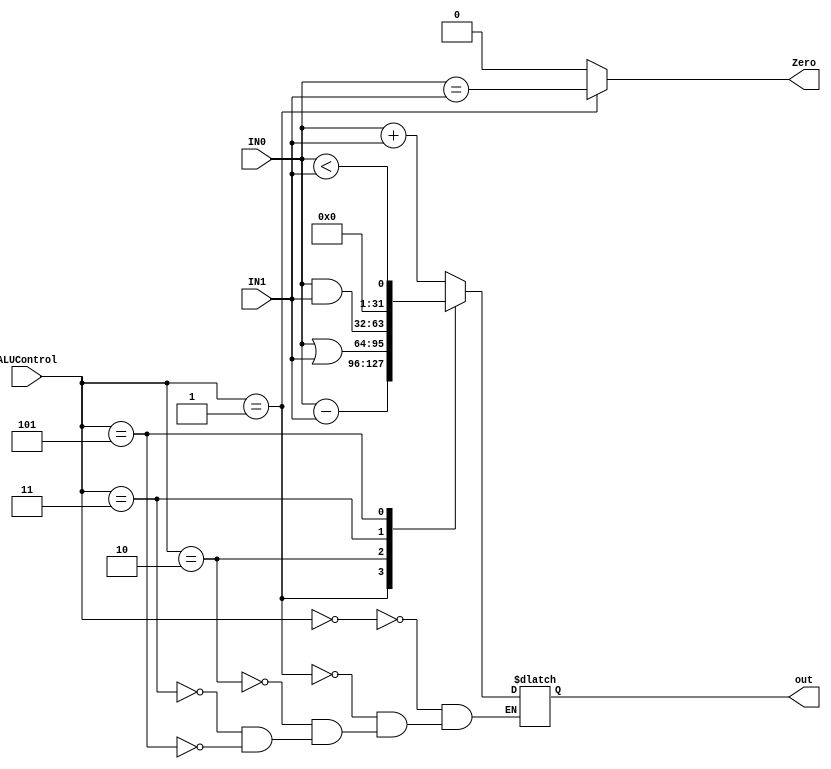
module ALU #(parameter W = 32) (
    input [W-1:0] IN0,IN1,
    input [2:0] ALUControl,
    output reg [W-1:0] out,
    output reg Zero

);
parameter op_ADD = 3'b000;
parameter op_SUB = 3'b001;
parameter op_OR = 3'b010;
parameter op_AND = 3'b011;
parameter op_SLT = 3'b101;
integer sIN0, sIN1;

always @(*) begin
    sIN0 = IN0;
    sIN1 = IN1;
    Zero = 1'b0;
    case(ALUControl)
        op_ADD : out = IN0 + IN1;
        op_SUB :  begin
            out = IN0-IN1;
            Zero = IN0 == IN1;
        end
        op_OR : out = IN0 | IN1 ;
        op_AND : out = IN0 & IN1 ;
        op_SLT : out = sIN0 < sIN1 ;
    endcase
end
endmodule